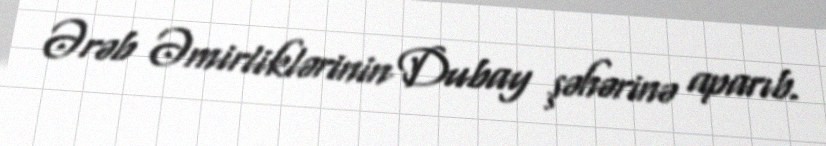
Ərəb Əmirliklərinin Dubay şəhərinə aparıb.